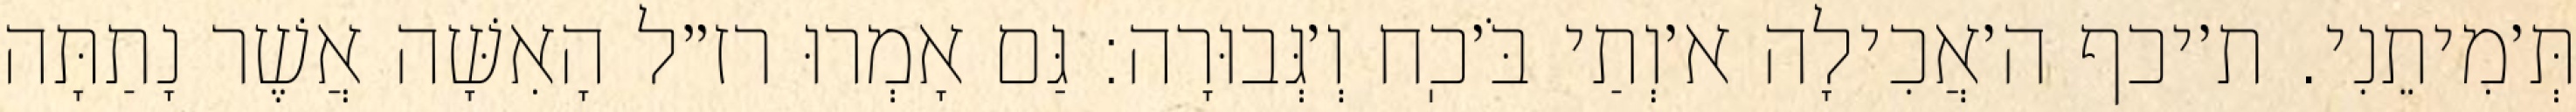
תְּ׳מִיתֵנִי. ת׳יכף ה׳אֲכִילָה א׳וְתַי בֹּ׳כֽח וְ׳גְּבוּרָה: גַּם אָמְרוּ רז״ל הָאִשָּׁה אֲשֶׁר נָתַתָּה